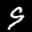
Label: 9